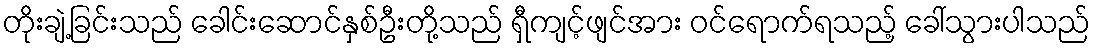
တိုးချဲ့ခြင်းသည် ခေါင်းဆောင်နှစ်ဦးတို့သည် ရှီကျင့်ဖျင်အား ဝင်ရောက်ရသည့် ခေါ်သွားပါသည်